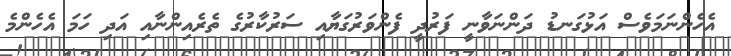
އެހެންނަމަވެސް އަޅުގަނޑު ދަންނަވާނީ ފަރުދީ ފެންވަރުގަޔާއި ސަރުކާރުގެ ތެރެއިންނާއި އަދި ހަމަ އެހެންމެ